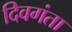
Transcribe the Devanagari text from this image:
दिवगंता